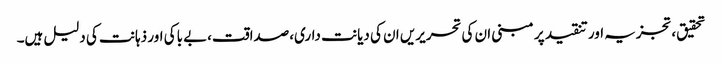
تحقیق،تجزیہ اور تنقید پر مبنی ان کی تحریریں ان کی دیانت داری،صداقت،بے باکی اور ذہانت کی دلیل ہیں۔